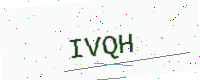
Text: IVQH